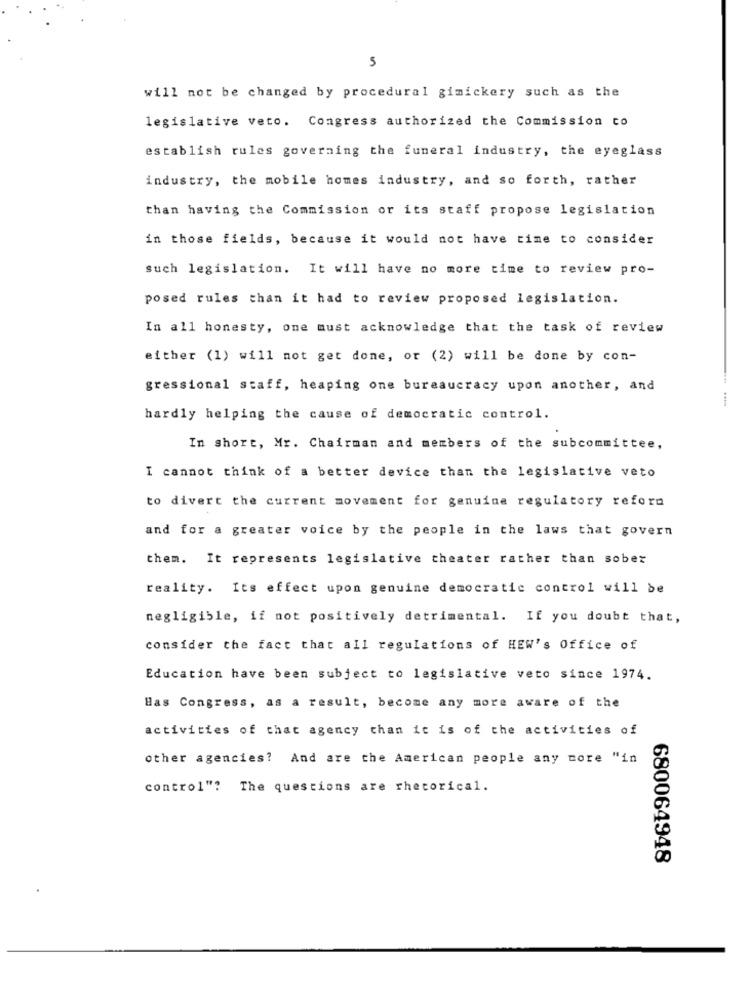
5
will not be changed by procedural gimickery such as the
legislative veto. Congress authorized the Commission co
establish rules governing the funeral industry, the eyeglass
industry, the mobile homes industry, and so forth, rather
than having the Commission or its staff propose legislation
in those fields, because it would not have time to consider
such legislation. It will have no more time to review pro-
posed rules than it had to review proposed legislation.
In all honesty, one must acknowledge that the task of review
either (1) will not get done, or (2) will be done by con-
gressional staff, heaping one bureaucracy upon another, and
hardly helping the cause of democratic control.
In short, Mr. Chairman and members of the subcommittee,
I cannot think of a better device than the legislative veto
to divert the current movement for genuine regulatory reform
and for a greater voice by the people in the laws that govern
them. It represents legislative theater rather than sober
reality. Its effect upon genuine democratic control will be
negligible, if not positively detrimental. If you doubt that,
consider the fact that all regulations of HEW's Office of
Education have been subject to legislative veto since 1974.
Bas Congress, as a result, become any more aware of the
activities of that agency than it is of the activities of
other agencies? And are the American people any more "in
control"? The questions are rhetorical.
680064948